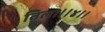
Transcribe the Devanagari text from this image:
तिला।।४।।